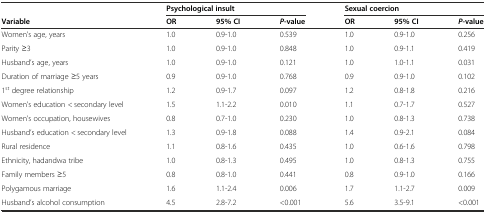
|  | <COLSPAN=3> Psychological insult | <COLSPAN=3> Sexual coercion |
 | Variable | OR | 95% CI | P-value | OR | 95% CI | P-value |
 | --- | --- | --- | --- | --- | --- | --- |
 | Women’s age, years | 1.0 | 0.9-1.0 | 0.539 | 1.0 | 0.9-1.0 | 0.256 |
 | Parity ≥3 | 1.0 | 0.9-1.0 | 0.848 | 1.0 | 0.9-1.1 | 0.419 |
 | Husband’s age, years | 1.0 | 0.9-1.0 | 0.121 | 1.0 | 1.0-1.1 | 0.031 |
 | Duration of marriage ≥5 years | 0.9 | 0.9-1.0 | 0.768 | 0.9 | 0.9-1.0 | 0.102 |
 | 1st degree relationship | 1.2 | 0.9-1.7 | 0.097 | 1.2 | 0.8-1.8 | 0.216 |
 | Women’s education < secondary level | 1.5 | 1.1-2.2 | 0.010 | 1.1 | 0.7-1.7 | 0.527 |
 | Women’s occupation, housewives | 0.8 | 0.7-1.0 | 0.230 | 1.0 | 0.8-1.3 | 0.738 |
 | Husband’s education < secondary level | 1.3 | 0.9-1.8 | 0.088 | 1.4 | 0.9-2.1 | 0.084 |
 | Rural residence | 1.1 | 0.8-1.6 | 0.435 | 1.0 | 0.6-1.6 | 0.798 |
 | Ethnicity, hadandwa tribe | 1.0 | 0.8-1.3 | 0.495 | 1.0 | 0.8-1.3 | 0.755 |
 | Family members ≥5 | 0.8 | 0.8-1.0 | 0.441 | 0.8 | 0.9-1.0 | 0.166 |
 | Polygamous marriage | 1.6 | 1.1-2.4 | 0.006 | 1.7 | 1.1-2.7 | 0.009 |
 | Husband’s alcohol consumption | 4.5 | 2.8-7.2 | <0.001 | 5.6 | 3.5-9.1 | <0.001 |